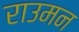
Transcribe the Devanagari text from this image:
राउमन